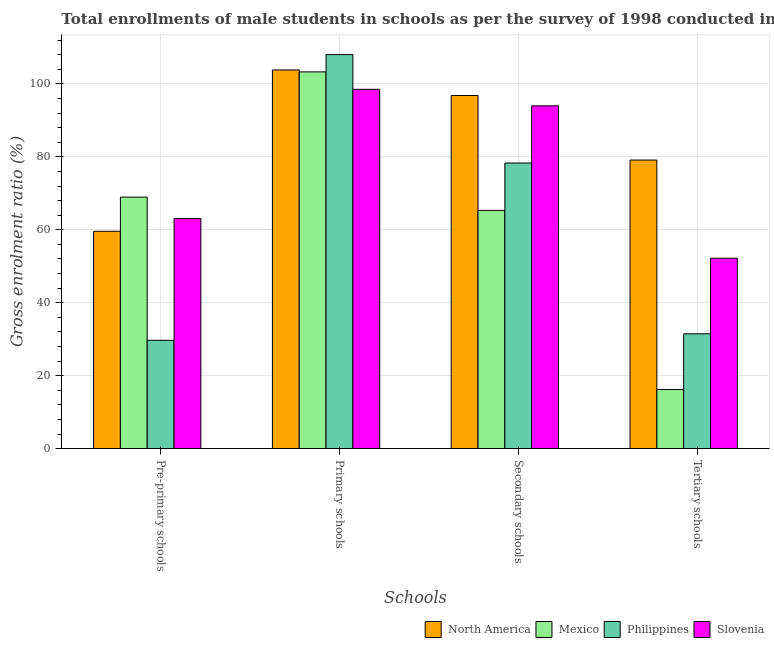
| Schools | North America | Mexico | Philippines | Slovenia |
 | --- | --- | --- | --- | --- |
 | Pre-primary schools | 59.6 | 69 | 29.7 | 63.1 |
 | Primary schools | 104 | 103 | 108 | 98.5 |
 | Secondary schools | 96.8 | 65.3 | 78.3 | 94 |
 | Tertiary schools | 79.1 | 16.2 | 31.5 | 52.2 |